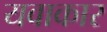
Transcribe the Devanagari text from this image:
यवाकार